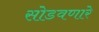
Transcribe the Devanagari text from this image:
सोडवणारे